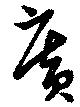
広